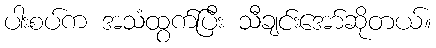
ပါးစပ်က အသံထွက်ပြီး သီချင်းအော်ဆိုတယ်။